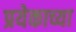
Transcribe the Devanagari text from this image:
प्रयेकाच्या